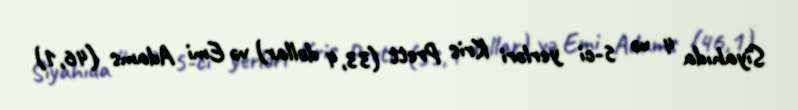
Siyahıda 4 və 5-ci yerləri Kris Prett (33,4 dollar) və Emi Adams (46,1)